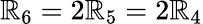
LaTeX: {\cal\mathbb{R}}_{6}=2{\cal\mathbb{R}}_{5}=2{\cal\mathbb{R}}_{4}